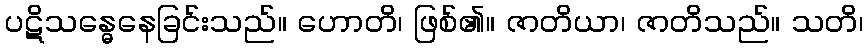
ပဋိသန္ဓေနေခြင်းသည်။ ဟောတိ၊ ဖြစ်၏။ ဇာတိယာ၊ ဇာတိသည်။ သတိ၊